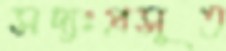
সদ্যঃপ্রসূত